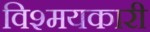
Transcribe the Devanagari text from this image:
विश्मयकारी